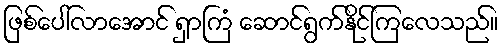
ဖြစ်ပေါ်လာအောင် ရှာကြံ ဆောင်ရွက်နိုင်ကြလေသည်။